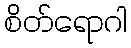
စိတ်ရောဂါ